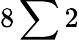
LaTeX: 8\sum 2